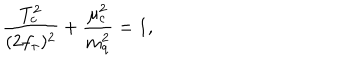
LaTeX: \frac { T _ { c } ^ { 2 } } { ( 2 f _ { \pi } ) ^ { 2 } } + \frac { \mu _ { c } ^ { 2 } } { m _ { q } ^ { 2 } } = 1 ,